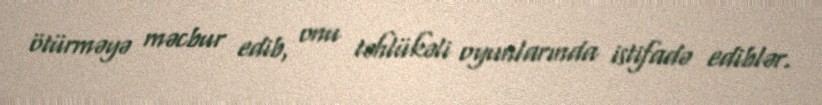
ötürməyə məcbur edib, onu təhlükəli oyunlarında istifadə ediblər.